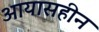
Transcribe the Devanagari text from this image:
आयासहीन